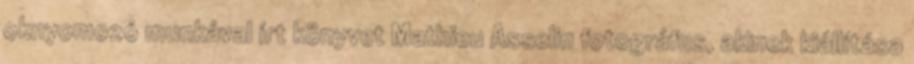
oknyomozó munkával írt könyvet Mathieu Asselin fotográfus, akinek kiállítása